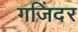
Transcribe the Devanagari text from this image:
गजिंदर